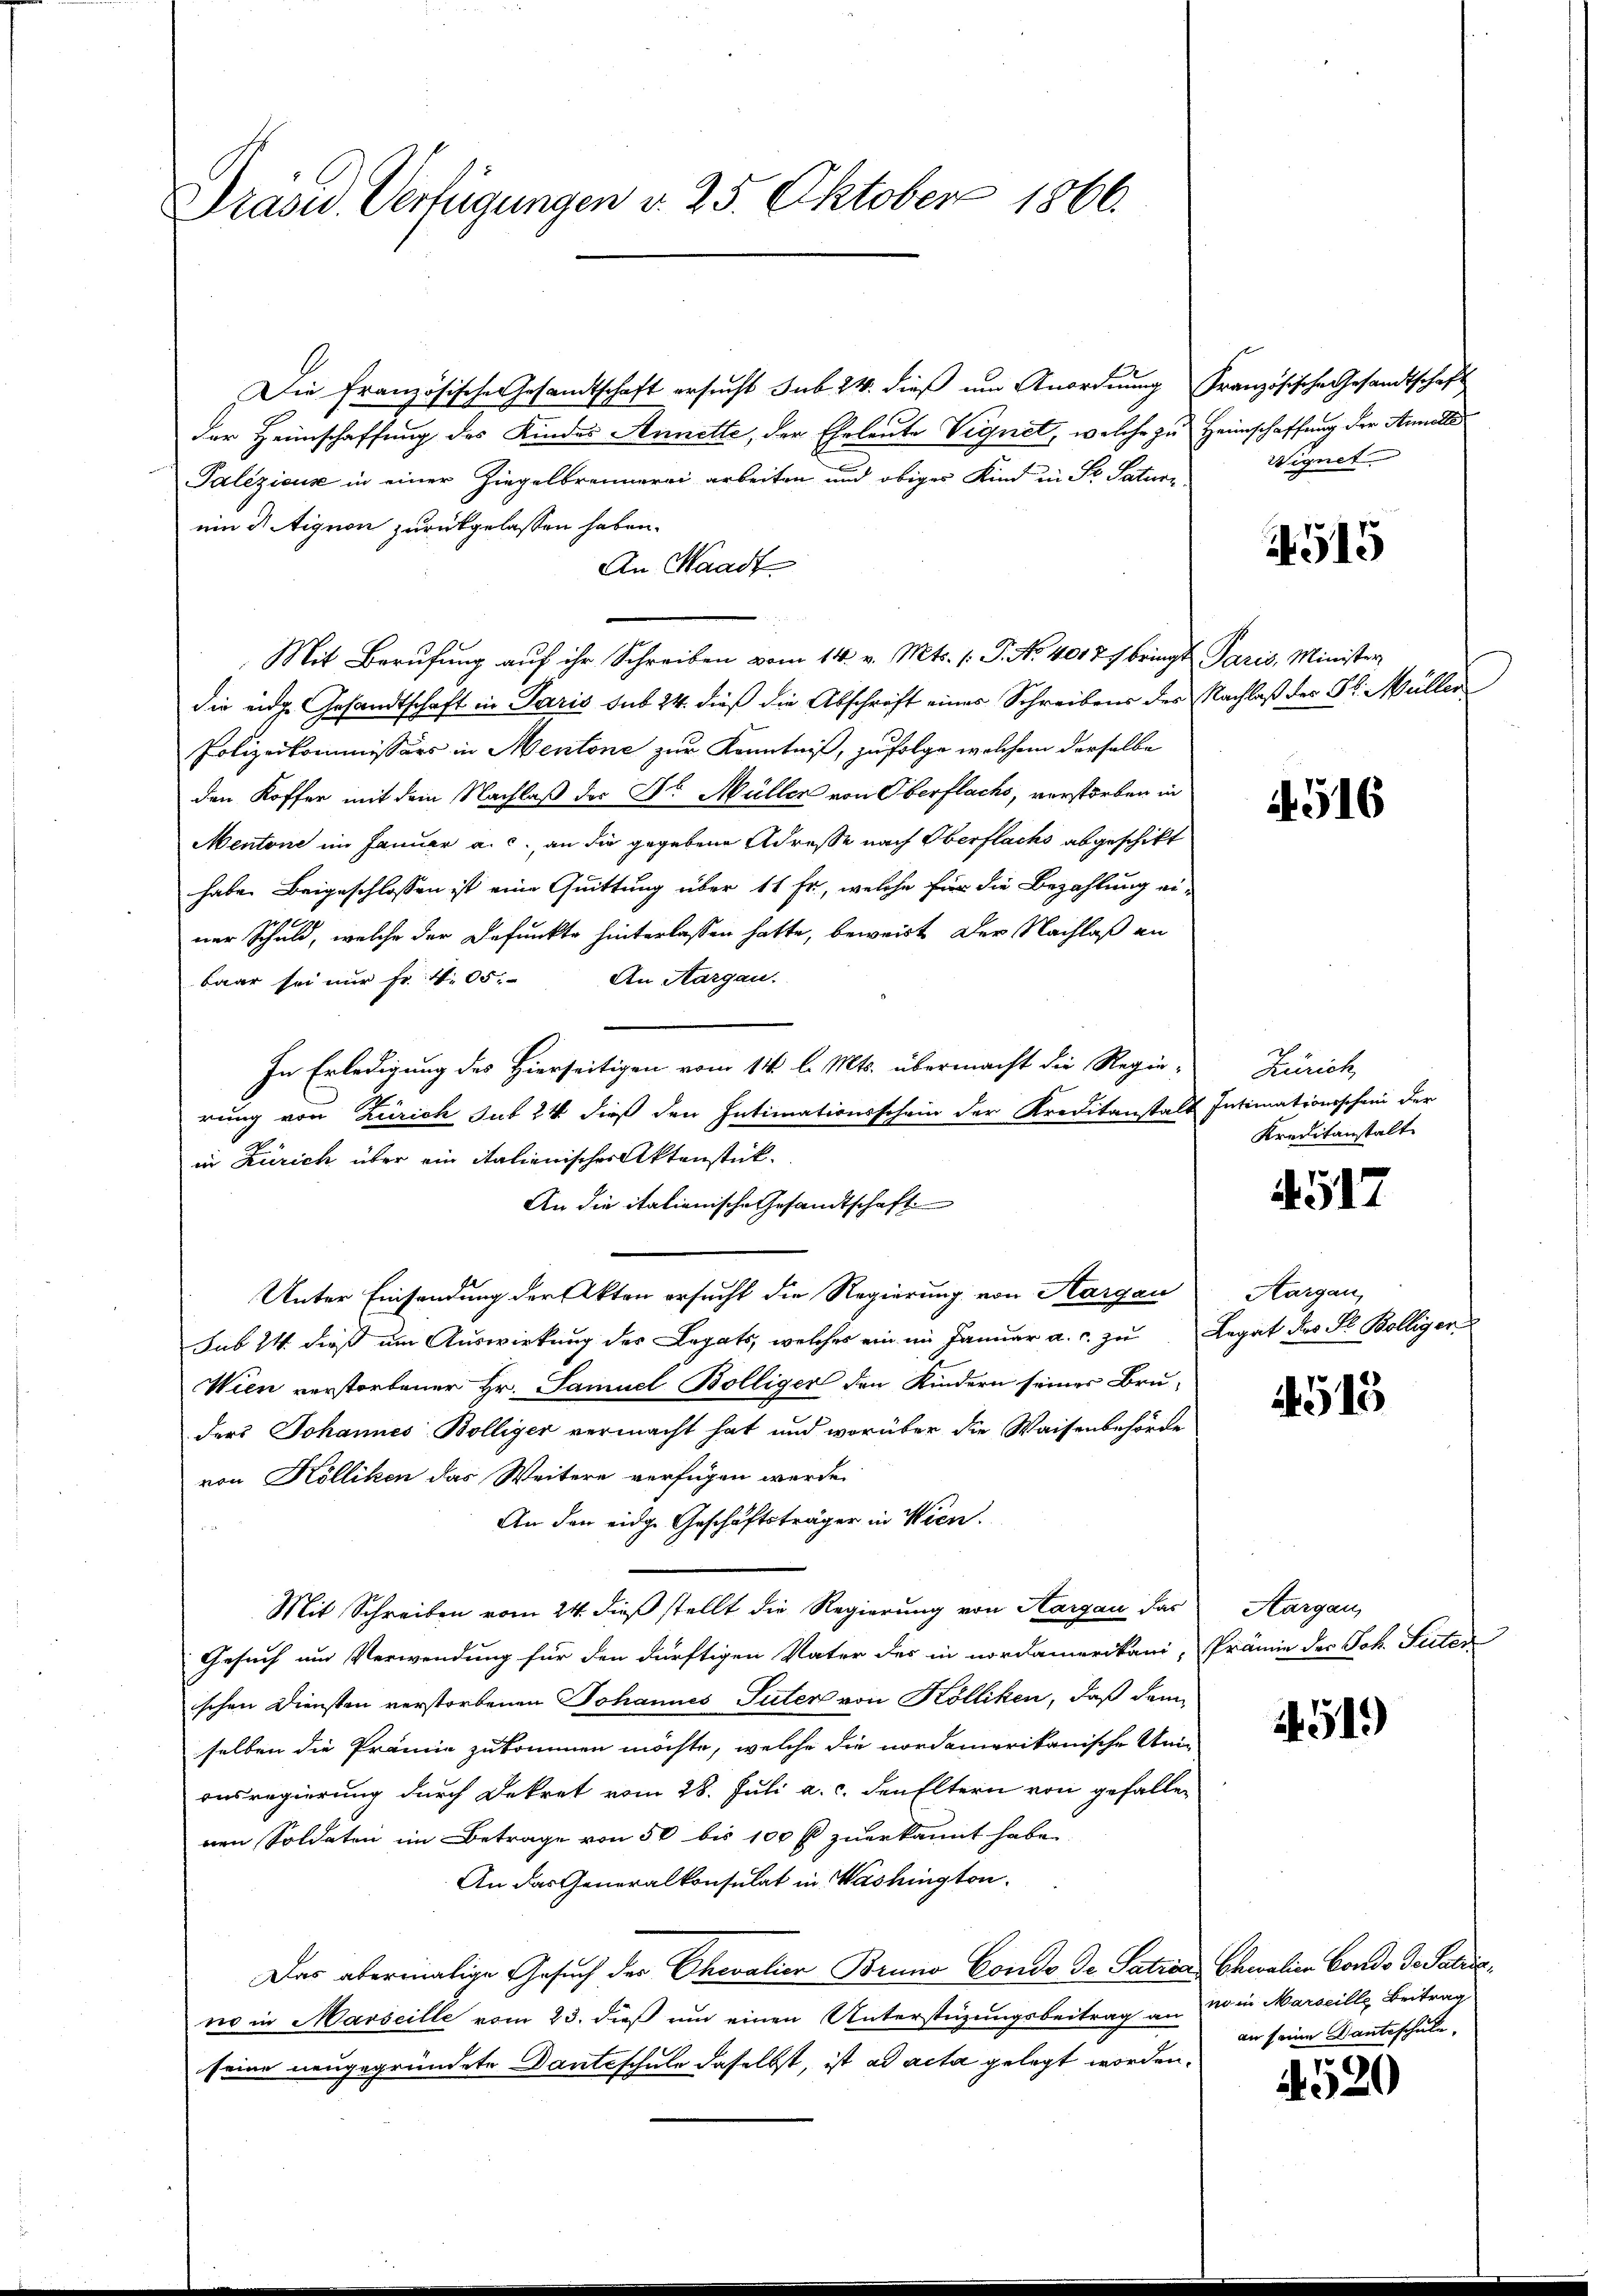
Prasid. Verfügungen d. 25. Oktober 1866.

Die Französische Gesandtschaft ersucht sub 24. dieß um Anordnung Französische Gesandtschaft
der Heimschaffung des Kindes Annette, der Eheleute Vignet, welche zu Heimschaffung der Annelle
Paleziouse in einer Ziegelbrennerei arbeiten und obiger Kind in Pr. Saturz
ein dr ignon zurückgelassen haben.
An Waadt
Mit Berufung auf ihr Schreiben vom 14. v. Mts. 1. P. Nr. 4017 bringt Paris, Minister
die eidge Gesandtschaft in Paris sub 24. dieß die Abschrift eines Schreibens des Nachlaß der Gl. Müller
Polizeikommissärs in Mentone zur Kenntniß, zufolge welchem derselbe
den Koffer mit dem Nachlaß der Dr. Müller von Oberflachs, verstorben in
Mentone im Januar a. c. an die gegebene Adresse nach Oberflachs abgeschikt
habe. Beigeschlossen ist eine Quittung über 11 Fr., welche für die Bezahlung ei-
ner Schuld, welche der Befunkte hinterlassen hatte, beweist der Nachlaß an
An Aargau.
baar sei nur Fr. 405.
In Erledigung des Hierseitigen vom 11 l. Mts. übermacht die Regie-
rung von Zürich sub 24 dieß den Intimationsschein der Kreditanstalt Intimationsschein der
in Zürich über ein italienischer Aktenstück.
An die italienische Gesandtschaft
Unter Einsendung der Akten ersucht die Regierung von Aargau
sub 24 dieß um Auswirkung des Legats, welches ein im Januar a. c. zu Legat des F. Bolliger
Wien verstorbener Hr. Samuel Bolliger den Kindern seines Bruders Johannes Bölliger vermacht hat und worüber die Waisenbehörde
von Kölliken das Weitere verfügen werde.
An den eidge Geschäftsträger in Wien.
Mit Schreiben vom 24. dieß stellt die Regierung von Aargau das
Gesuch um Verwendung für den dürftigen Vater des in nordamerikani, Prämie der Joh. Seiter
ischen Diensten verstorbenen Johannes Suter von Kölliken, daß dem
selben die Prämie zukommen möchte, welche die nordamerikanische Unionsregierung durch Dekret vom 28. Juli a. c. den Eltern von gefallen
nen Soldaten im Betrage von 50 bis 100 fl zuerkannt habe.
An das Generalkonsulat in Washington.
Das abermalige Gesuch der Chevalier Bruno Condo de Satria Chialien Condo ds Salicno in Marseille vom 23. dieß um einen Unterstüzungsbeitrag an
seine neugegründete Danteschule daselbst, ist ad acta gelegt worden.

Wignet.

4515

4516

Zürich,
Kreditanstalt

4517

Aargau,

4515

Aargau,

14519)

no in Marseille Beitrag
an seine Kantsschule.

4520